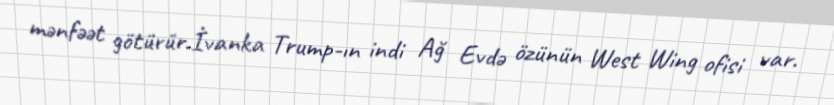
mənfəət götürür.İvanka Trump-ın indi Ağ Evdə özünün West Wing ofisi var.